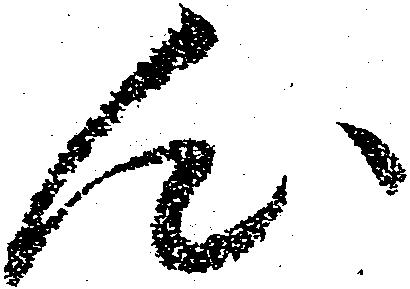
心